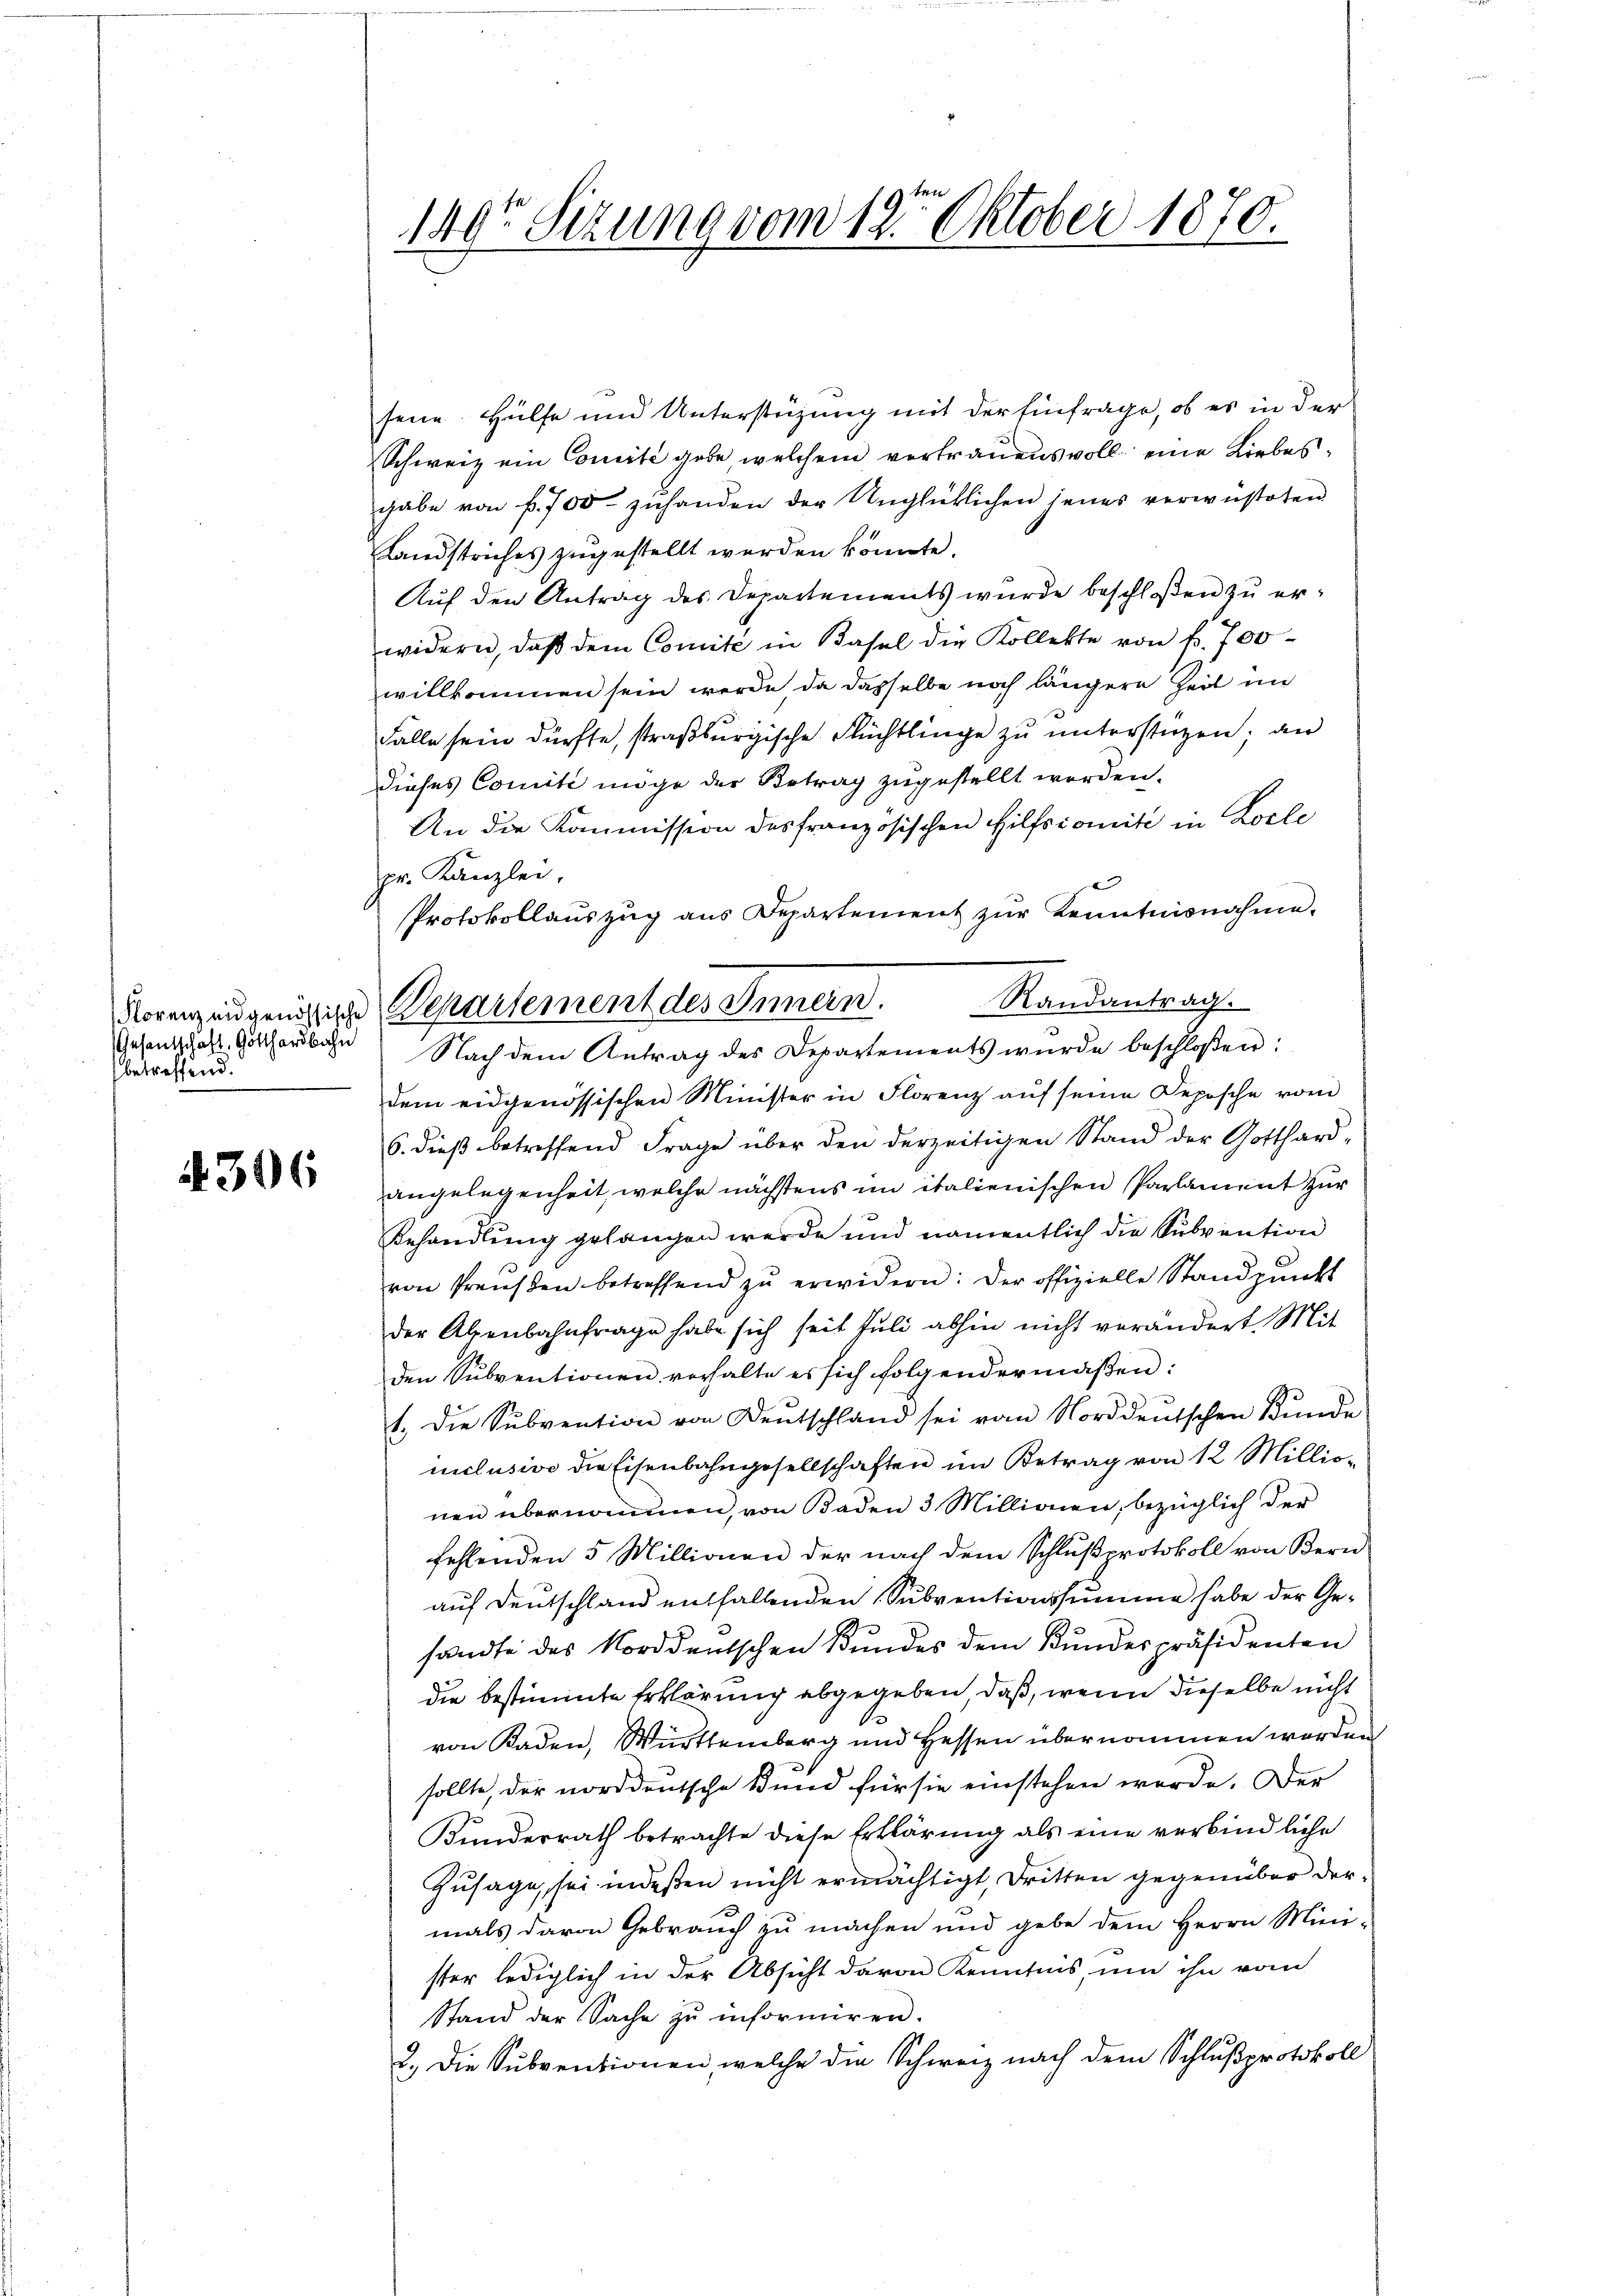
Gesentschaft Gotthardbahn
betreffend.

4306

1491 Sizung vom 19t Oktober 1870.

sene Hülfe und Unterstüzung mit der Einfrage, ob es in der
Schweiz ein Comité gebe, welchem vertrauens voll eine Liebesgabe von f. 700 zuhanden der Unglücklichen jenes verwüsteten
Landstriches zugestellt werden könnte.
Auf den Antrag des Departements wurde beschloßen zu erwidern, daß dem Comité in Basel die Kollekte von fr. 700
willkommen sein werde, da dasselbe noch längere Zeit im
Falle sein dürfte, straßburgische Flüchtlinge zu unterstüzen; an
dieses Comité möge der Betrag zugestellt worden.
An die Kommission des französischen Hilfscomite in Locle
pr. Kanzlei.
Protokollaŭszŭg ans Departement zŭr Kenntnisnahme.
Randantrag.
dem eidgenössischen Minister in Florenz aŭf seine Deposche vom
6. dieß betreffend Frage über den derzeitigen Stand der Gotthard-
angelegenheit, welche nächstens im italienischen Parlament zur
Behandlŭng gelangen werde und namentlich die Subvention
von Preŭβen betreffend zŭ erwidern: Der offizielle Standpunkt
der Alpenbahnfrage habe sich seit Juli abhin nicht verändert. Mit
den Subventionen vorhalte es sich folgendermaßen:
1. Die Sŭbvention von Deutschland sei vom Norddeŭtschen Kŭnde
iiclusive die Eisenbahngesellschaften im Betrag von 12 Millionen übernommen, von Baden 3 Millionen, bezüglich der
fehlenden 5 Millionen der nach dem Schlußprotokoll von Bern
auf Deutschland entfallenden Subventionssumme habe der Gesandte des Norddeutschen Bundes dem Kundespräsidenten
die bestimmte Erklärung abgegeben, daß, wenn dieselbe nicht
von Kaden, Württemberg und Hessen übernommen werden
sollte, der norddeutsche Bund für sie einstehen werde. Der
Kunderrath betrachte diese Erklärung als eine verbindliche
Zusage, sei indeßen nicht ermächtigt, dritten gegenüber dermals davon Gebrauch zu machen und gebe dem Herrn Mini-
ster lediglich in der Absicht davon Kenntnis, um ihn vom
Stand der Sache zu informiren.
2.) Die Subventionen welche die Schweiz nach dem Schlußprotokoll

Norenzendgenössige Departement des Innern.
Nach dem Antrag des Departements wurde beschlossen: